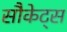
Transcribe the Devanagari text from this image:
सौकेट्स